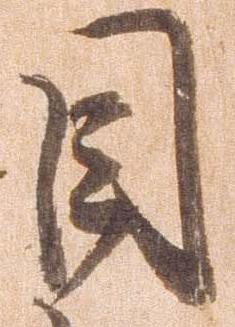
目